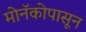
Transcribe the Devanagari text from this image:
मोनॅकोपासून